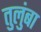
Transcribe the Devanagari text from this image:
तुलुंबा